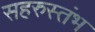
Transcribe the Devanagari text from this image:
सहरुस्तंभ